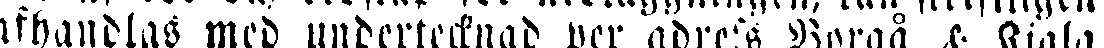
afhandlas med undertecknad per adress Borgå & Kiala